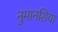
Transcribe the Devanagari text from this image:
नुमानशिया